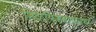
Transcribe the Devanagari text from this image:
मिठापिकवण्याचा